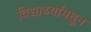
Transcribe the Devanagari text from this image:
विद्यार्थ्यांमधून